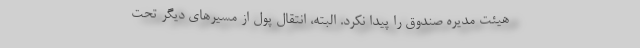
هیئت مدیره صندوق را پیدا نکرد. البته، انتقال پول از مسیرهای دیگر تحت